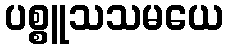
ပစ္စူသသမယေ